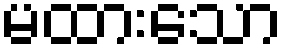
မထားသော